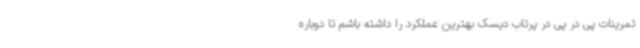
تمرینات پی در پی در پرتاب دیسک بهترین عملکرد را داشته باشم تا دوباره